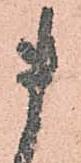
ま